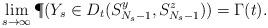
LaTeX: \begin{align*}\lim_{s\to \infty} \P ( Y_s \in D_t(S^y_{N_s-1}, S^z_{N_s-1}) )= \Gamma(t).\end{align*}